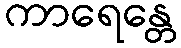
ကာရေန္တေ